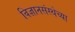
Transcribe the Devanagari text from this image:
विज्ञानसंस्थेच्या